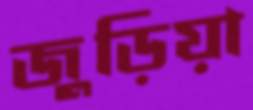
জুড়িয়া